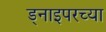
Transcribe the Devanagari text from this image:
ड्नाइपरच्या